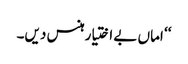
‘‘ اماں بے اختیار ہنس دیں۔